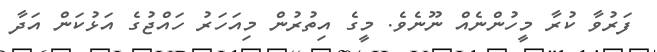
ފަރުވާ ކުރާ މީހުންނެއް ނޫނެވެ. މީގެ އިތުރުން މިއަހަރު ހައްޖުގެ އަޅުކަން އަދާ